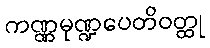
ကဏ္ဏမုဏ္ဍပေတိဝတ္ထု